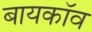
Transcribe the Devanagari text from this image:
बायकॉव